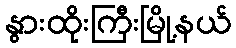
နွားထိုးကြီးမြို့နယ်